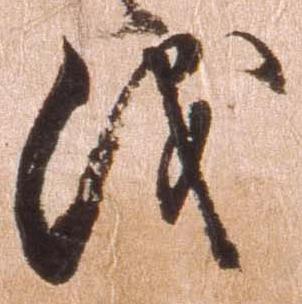
儀